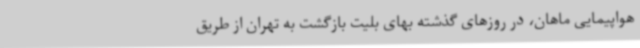
هواپیمایی ماهان، در روزهای گذشته بهای بلیت بازگشت به تهران از طریق